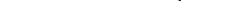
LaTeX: \smash{2^{\operatorname*{max}(N_{1},\ldots,N_{k})}<2^{N}}